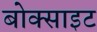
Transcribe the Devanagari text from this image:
बोक्साइट